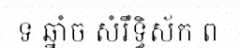
ទ ឆ្នាំច សំរឹទ្ធិស័ក ព